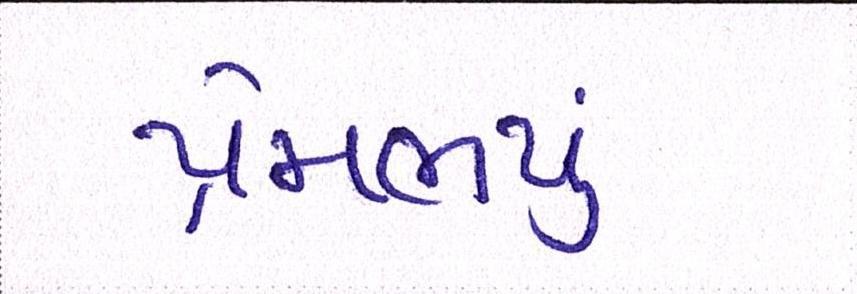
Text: પ્રેમભર્યું